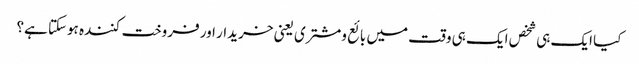
کیا ایک ہی شخص ایک ہی وقت میں بائع ومشتری یعنی خریدار اور فروخت کنندہ ہوسکتا ہے؟